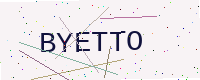
Text: BYETTO